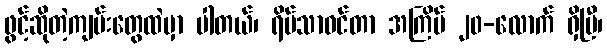
ဖွင့်ဆိုတဲ့ကျမ်းတွေထဲမှာ ပါတယ်၊ ရိပ်သာဝင်တာ အကြိမ် ၂၀-လောက် ရှိပြီ၊